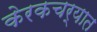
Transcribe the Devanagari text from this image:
केरकचर्‍यात